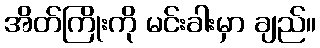
အိတ်ကြိုးကို မင်းခါးမှာ ချည်။